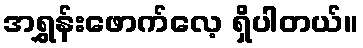
အရွှန်းဖောက်လေ့ ရှိပါတယ်။